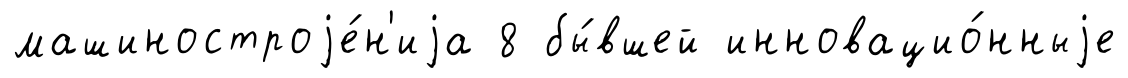
машиностроjе́н'иjа 8 бы́вшей инновацио́нныjе